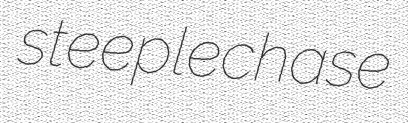
steeplechase